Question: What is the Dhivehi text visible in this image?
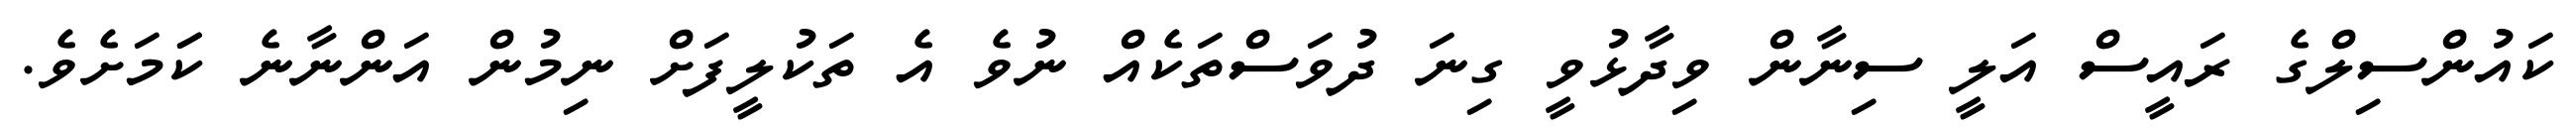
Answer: ކައުންސިލްގެ ރައީސް އަލީ ސިނާން ވިދާޅުވީ ގިނަ ދުވަސްތަކެއް ނުވެ އެ ތަކުލީފަށް ނިމުން އަންނާނެ ކަަމަށެވެ.